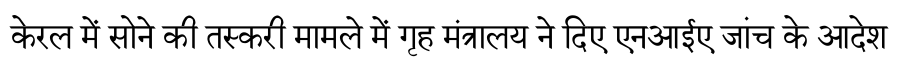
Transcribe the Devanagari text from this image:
केरल में सोने की तस्करी मामले में गृह मंत्रालय ने दिए एनआईए जांच के आदेश